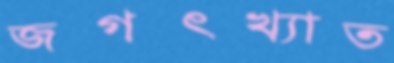
জগৎখ্যাত